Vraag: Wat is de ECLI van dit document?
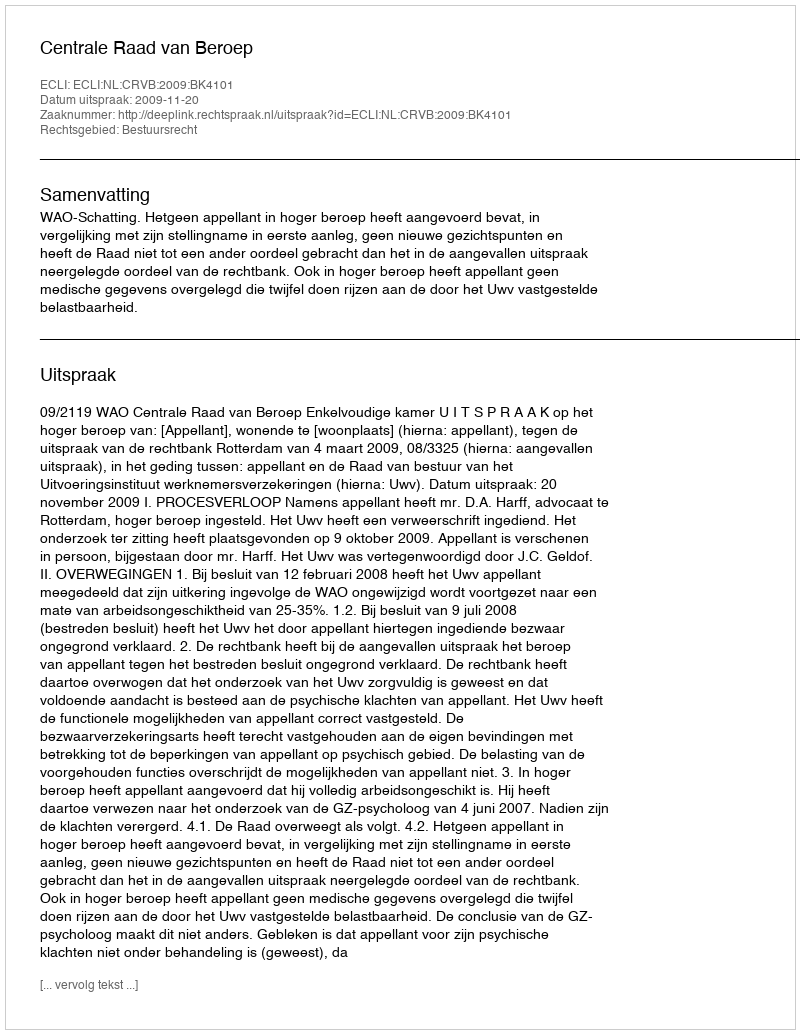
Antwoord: ECLI:NL:CRVB:2009:BK4101